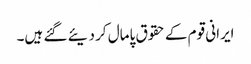
ایرانی قوم کے حقوق پامال کر دیئے گئے ہیں۔